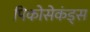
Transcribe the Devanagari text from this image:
पिकोसेकंड्स